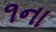
૧ના